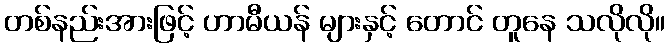
တစ်နည်းအားဖြင့် ဟာမီယန် များနှင့် တောင် တူနေ သလိုလို။